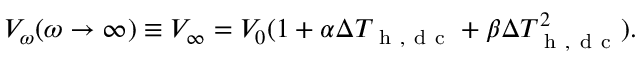
V _ { \omega } ( \omega \rightarrow \infty ) \equiv V _ { \infty } = V _ { 0 } ( 1 + \alpha \Delta T _ { \mathrm { ~ h ~ , ~ d ~ c ~ } } + \beta \Delta T _ { \mathrm { ~ h ~ , ~ d ~ c ~ } } ^ { 2 } ) { . }